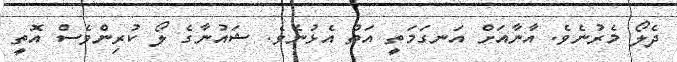
ދެލޯ މެރުނެވެ. އާނާއަށް އަނގަމަތީ އަތް އެޅުނެވެ. ޝައުނާގެ ލޯ ކުރިންވެސް އޮތީ